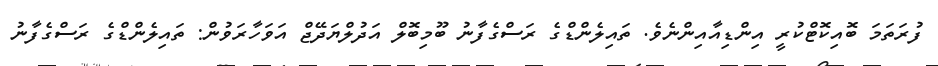
ފުރަތަމަ ބޮއިކޮޓްކުރީ އިންޑިއާއިންނެވެ. ތައިލެންޑްގެ ރަސްގެފާނު ބޫމިބޮލް އަދުލްޔަދޭޖް އަވަހާރަވުން: ތައިލެންޑްގެ ރަސްގެފާނު